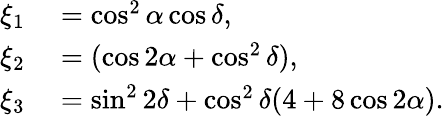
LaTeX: \begin{array}{rl}{\xi_{1}}&{{}=\cos^{2}\alpha\cos\delta,}\\ {\xi_{2}}&{{}=(\cos 2\alpha+\cos^{2}\delta),}\\ {\xi_{3}}&{{}=\sin^{2}2\delta+\cos^{2}\delta(4+8\cos 2\alpha).}\end{array}